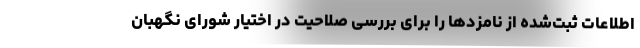
اطلاعات ثبت‌شده از نامزدها را برای بررسی صلاحیت در اختیار شورای نگهبان